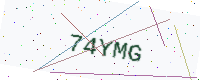
Text: 74YMG